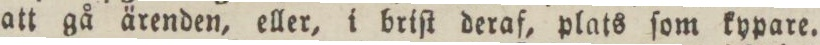
att gå ärenden, eller, i briſt deraf, plats ſom kypare.